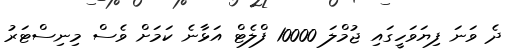
ދެ ވަނަ ފިޔަަވަހީގައި ޖުމްލަ 10000 ފްލެޓް އަޅާނެ ކަމަށް ވެސް މިނިސްޓަރު